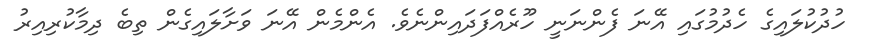
ހުދުކުލައިގެ ހެދުމުގައި އޭނަ ފެންނަނީ ހޫރެއްފަދައިންނެވެ. އެންމެން އޭނަ ވަށާލައިގެން ތިބެ ދިމާކުރިއިރު